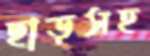
ছাড়সহ